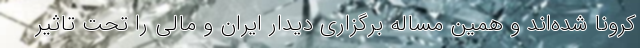
کرونا شده‌اند و همین مساله برگزاری دیدار ایران و مالی را تحت تاثیر